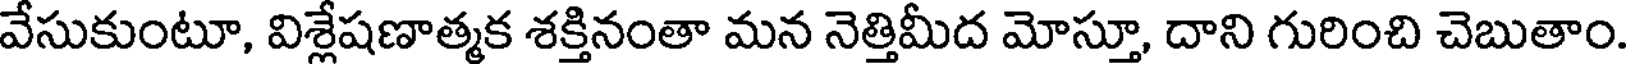
వేసుకుంటూ, విశ్లేషణాత్మక శక్తినంతా మన నెత్తిమీద మోస్తూ, దాని గురించి చెబుతాం